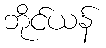
ဘိုင်ယန်